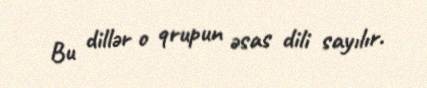
Bu dillər o qrupun əsas dili sayılır.